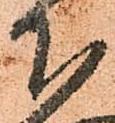
下